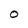
Character: O